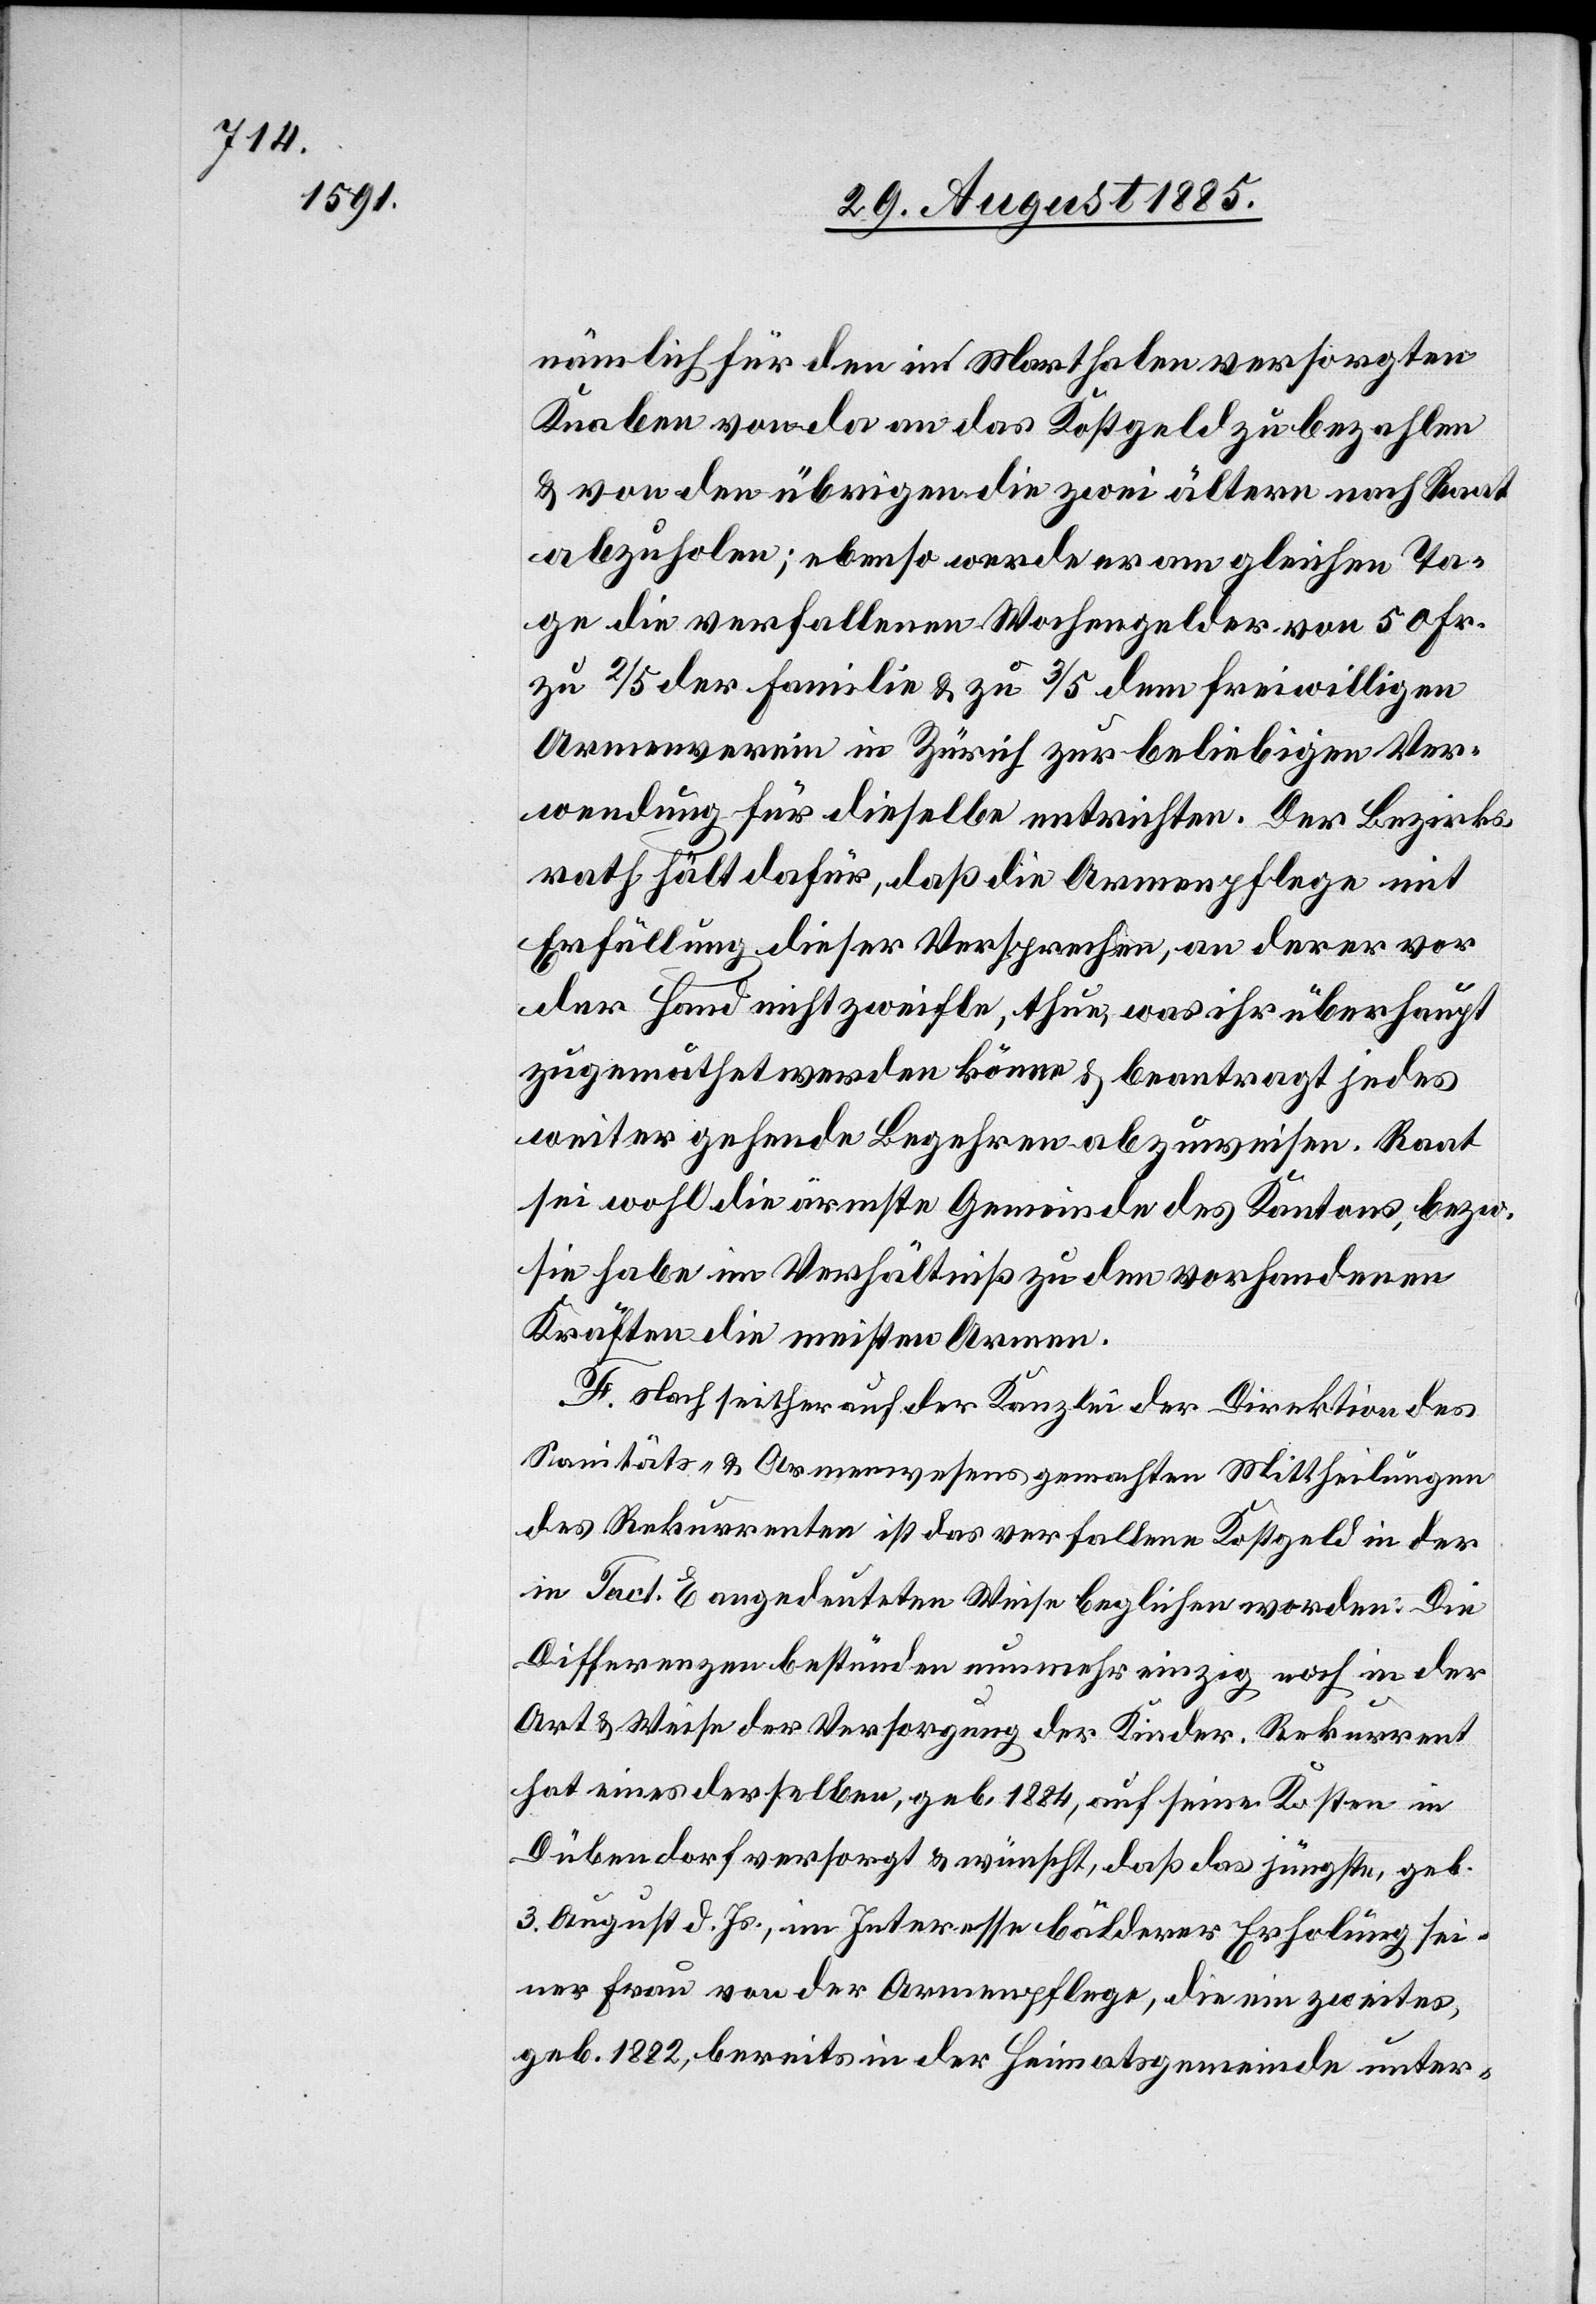
nämlich für den in Marthalen versorgten
Knaben von da an das Kostgeld zu bezahlen
& von den übrigen die zwei ältern nach Raat
abzuholen; ebenso werde er am gleichen Ta¬
ge die verfallenen Wochengelder von 50 Fr.
zu 2/5 der Familie & zu 3/5 dem freiwilligen
Armenverein in Zürich zur beliebigen Ver¬
wendung für dieselbe entrichten. Der Bezirks¬
rath hält dafür, daß die Armenpflege mit
Erfüllung dieser Versprechen, an der er vor
der Hand nicht zweifle, thue, was ihr überhaupt
zugemuthet werden könne & beantragt jedes
weiter gehende Begehren abzuweisen. Raat
sei wohl die ärmste Gemeinde des Kantons, bezw.
sie habe im Verhältniß zu den vorhandenen
Kräften die meisten Armen.
F. Nach seither auf der Kanzlei der Direktion des
Sanitäts- & Armenwesens gemachten Mittheilungen
des Rekurrenten ist das verfallene Kostgeld in der
Fact. E angedeuteten Weise beglichen worden. Die
Differenzen bestünden nunmehr einzig noch in der
Art & Weise der Versorgung der Kinder. Rekurrent
hat eines derselben, geb. 1884, auf seine Kosten in
Dübendorf versorgt & wünscht, daß das jüngste, geb.
3. August d. Js., im Interesse bälderer Erholung sei¬
ner Frau von der Armenpflege, die ein zweites
geb. 1882, bereits in der Heimatsgemeinde unter-